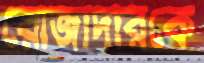
রোজাদারকে